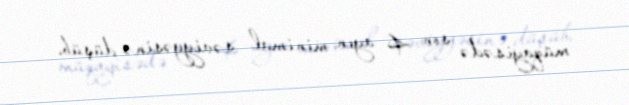
müqayisədə son 4 ayın minimal səviyyəsinə düşüb.